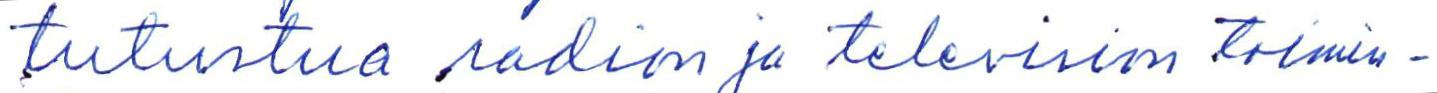
tutustua radion ja television toimin-